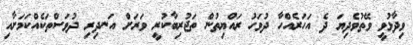
ވިދާޅުވީ ވޭތުވެދިޔަ ދެ އަހަރެއްހާ ދުވަހު ރައްޔިތުން ތަޖުރިބާކުރީ ވަރަށް އަނދިރި ދުވަސްތަކެއްކަމަށާއި